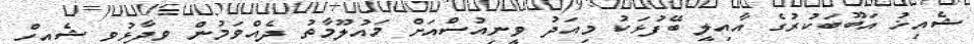
ޝެއިޚު އަބޫބަކުރުގެ އާއިލީ ބޭފުޅަކު މިއަދު ވީނިއުސްއަށް މައުލޫމާތު ދެއްވަމުން ވިދާޅުވީ ޝެއިހް